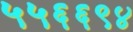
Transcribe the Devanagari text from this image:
५५६६९४